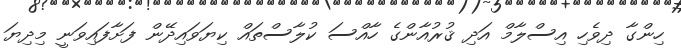
ހިންގާ ދިވެހި އިސްލާމް އަދި ޤުރުއާންގެ ހާއްސަ ކުލާސްތައް ކިޔަވައިދޭން ފަށާފައިވަނީ މިދިޔަ